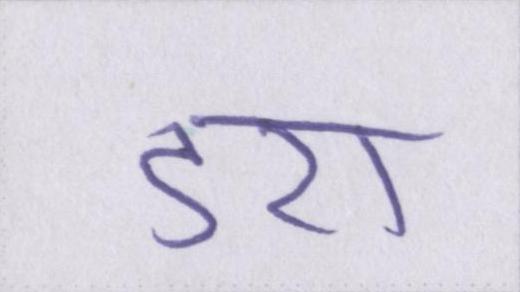
डरा